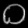
Digit: ၀